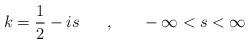
LaTeX: \begin{align*}k = \frac{1}{2} - is ~~~~~,~~~~~- \infty < s < \infty\end{align*}